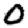
Digit: 0